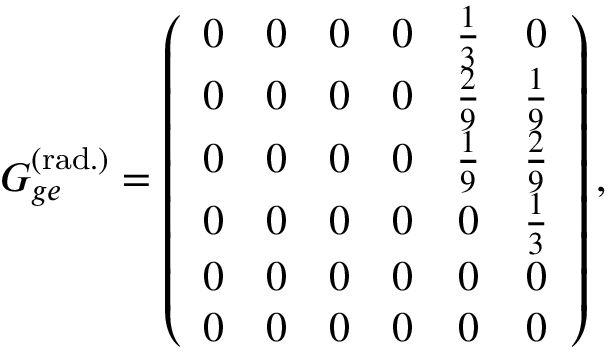
G _ { g e } ^ { ( \mathrm { r a d . } ) } = \left( \begin{array} { c c c c c c } { 0 } & { 0 } & { 0 } & { 0 } & { \frac { 1 } { 3 } } & { 0 } \\ { 0 } & { 0 } & { 0 } & { 0 } & { \frac { 2 } { 9 } } & { \frac { 1 } { 9 } } \\ { 0 } & { 0 } & { 0 } & { 0 } & { \frac { 1 } { 9 } } & { \frac { 2 } { 9 } } \\ { 0 } & { 0 } & { 0 } & { 0 } & { 0 } & { \frac { 1 } { 3 } } \\ { 0 } & { 0 } & { 0 } & { 0 } & { 0 } & { 0 } \\ { 0 } & { 0 } & { 0 } & { 0 } & { 0 } & { 0 } \end{array} \right) ,